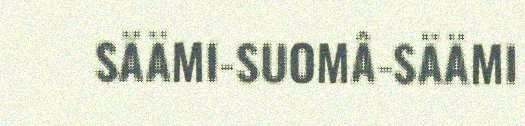
SÄÄMI-SUOMÂ-SÄÄMI